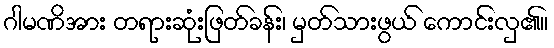
ဂါမဏိအား တရားဆုံးဖြတ်ခန်း၊ မှတ်သားဖွယ် ကောင်းလှ၏။